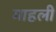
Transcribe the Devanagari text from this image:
माहली